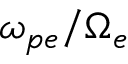
\omega _ { p e } / \Omega _ { e }